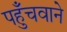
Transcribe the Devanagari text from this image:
पहुँचवाने